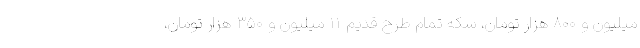
میلیون و ۸۰۰ هزار تومان، سکه تمام طرح قدیم ۱۱ میلیون و ۳۵۰ هزار تومان،